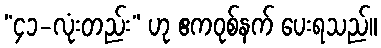
“၄၁-လုံးတည်း” ဟု ဧကဝုစ်နက် ပေးရသည်။